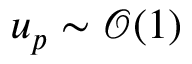
u _ { p } \sim \mathcal { O } ( 1 )